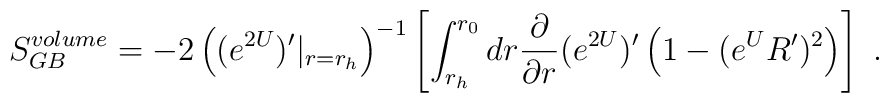
S_{GB}^{volume} = - 2  \left((e^{2U})'|_{r=r_h}\right)^{-1}\left[\int_{r_h}^{r_0} dr {\partial \over \partial r}(e^{2U})'\left(1 - (e^{U} R')^2\right)\right]\ .